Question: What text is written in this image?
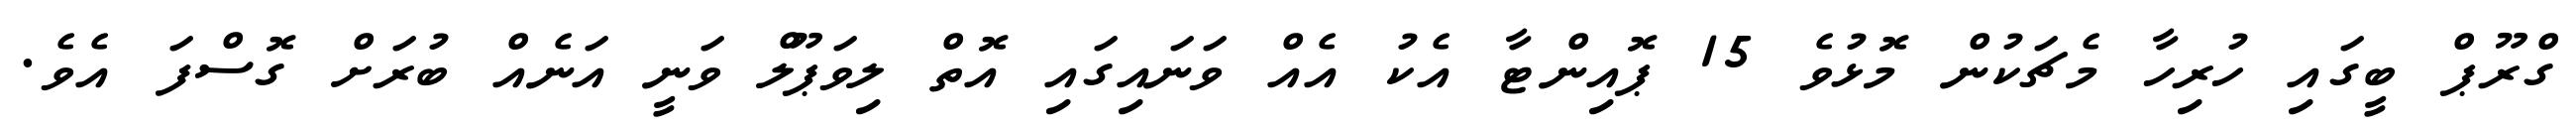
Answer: ގްރޫޕް ބީގައި ހުރިހާ މެޗަކުން މޮޅުވެ 15 ޕޮއިންޓާ އެކު އެއް ވަނައިގައި އޮތް ލިވަޕޫލް ވަނީ އަނެއް ބުރަށް ގޮސްފަ އެވެ.